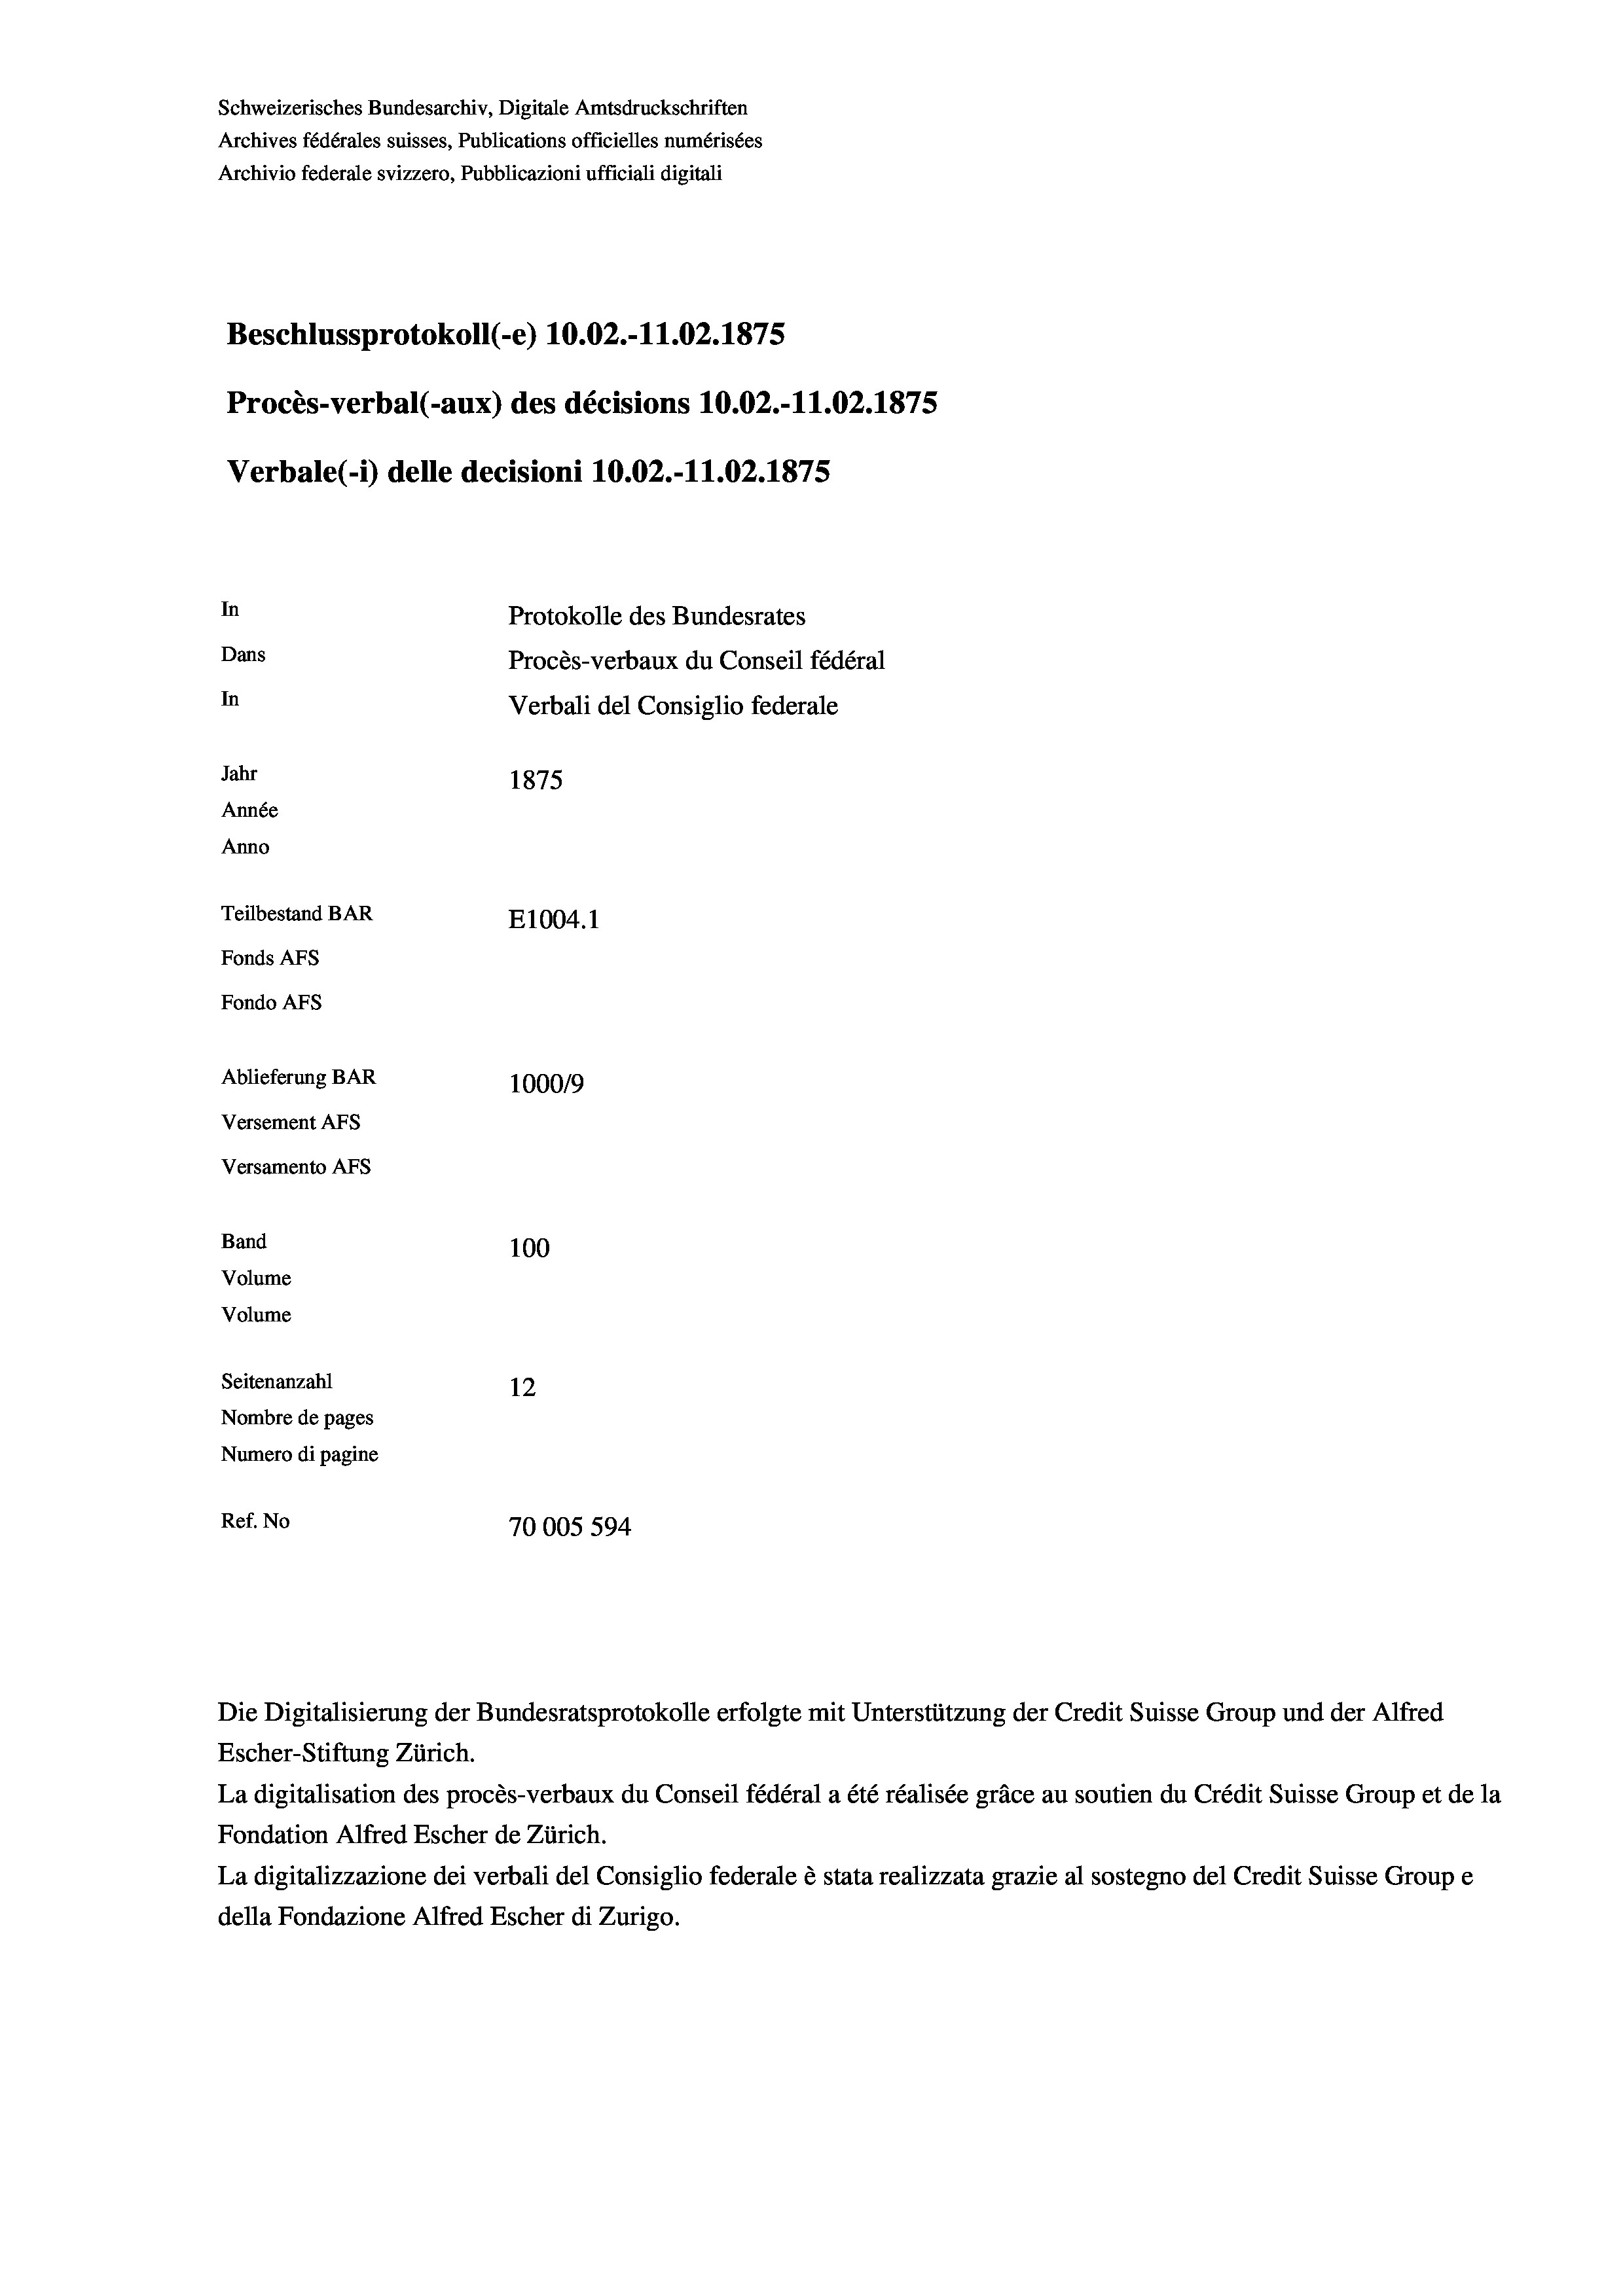
Schweizerisches Bundesarchiv, Digitale Amtsdruckschriften
Archives fédérales suisses, Publications officielles numérisées
Archivio federale svizzero, Pubblicazioni ufficiali digitali
Beschlussprotokoll (-e) 10.02.-11.02.1875
Procès-verbal (-aux) des décisions 10.02.-11.02. 1875
Verbale(*) delle decisioni 10.02.-11.02. 1875
In
Protokolle des Bundesrates
Dans
Procès-verbaux du Conseil fédéral
In
Verbali del Consiglio federale
Jahr
1875
Année
Anno
Teilbestand BAR
E1004.1
Fonds AFs
Fondo Afs
Ablieferung BAR
100019
Versement AFs
Versamento AFS
Band
100
Volume
Volume
Seitenanzahl
12
Nombre de pages
Numero di pagine
Ref. No
70005594

Die Digitalisierung der Bundesratsprotokolle erfolgte mit Unterstützung der Credit Suisse Group und der Alfred
Escher-Stiftung Zürich.
La digitalisation des procès-verbaux du Conseil fédéral a été réalisée gräce au soutien du Crédit Suisse Group et de la
Fondation Alfred Escher de Zürich.
La digitalizzazione dei verbali del Consiglio federale è stata realizzata grazie al sostegno del Credit Suisse Groupe
della Fondazione Alfred Escher di Zurigo.